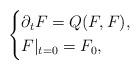
LaTeX: \begin{align*}\left\{\begin{aligned} &\partial_t F=Q(F,F),\\ &F|_{t=0}=F_0,\end{aligned}\right.\end{align*}